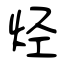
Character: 烃